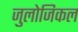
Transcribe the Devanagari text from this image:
जुलोजिकल